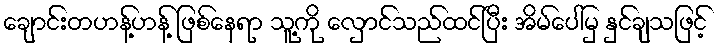
ချောင်းတဟန့်ဟန့် ဖြစ်နေရာ သူ့ကို လှောင်သည်ထင်ပြီး အိမ်ပေါ်မှ နှင်ချသဖြင့်